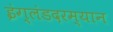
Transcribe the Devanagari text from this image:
इंग्लंडदरम्यान